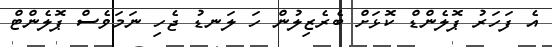
އެ ފަހަރު ޕޮލެންޑް ކޮޅަށް ބެރެޒިލުން ހަ ލަނޑު ޖެހި ނަމަވެސް ޕޮލެންޓް